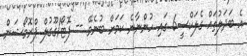
އެ ބަދަލުތައް ގެލަކްސީ6 ގައި ހުންނާނެ ކަމަށް ބުނެވޭ -- ފޮޓޯ/ގޫގުލް ޕްރޮމޯޝަން